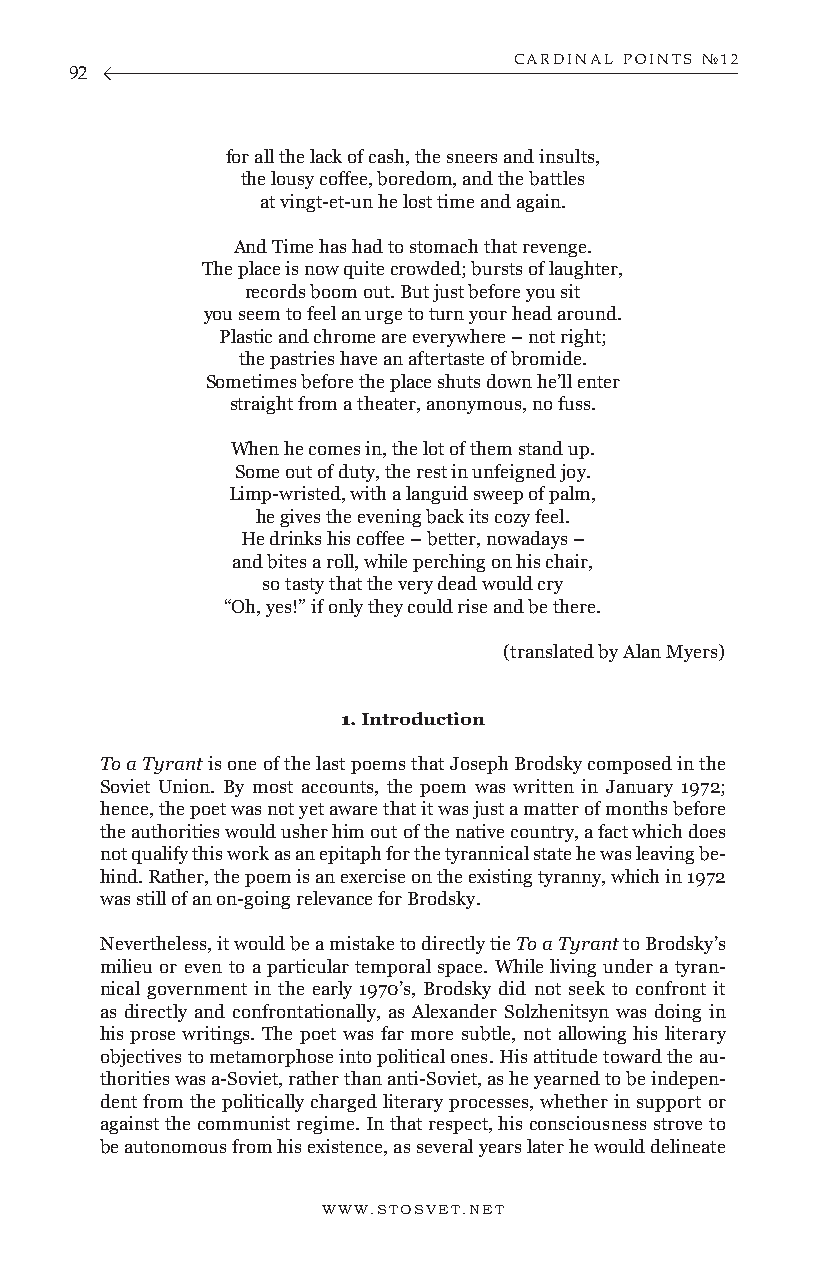
CARDINAL POINTS №12
 92
 for all the lack of cash, the sneers and insults,
 the lousy coffee, boredom, and the battles
 at vingt-et-un he lost time and again.
 And Time has had to stomach that revenge.
 The place is now quite crowded; bursts of laughter,
 records boom out. But just before you sit
 you seem to feel an urge to turn your head around.
 Plastic and chrome are everywhere – not right;
 the pastries have an aftertaste of bromide.
 Sometimes before the place shuts down he’ll enter
 straight from a theater, anonymous, no fuss.
 When he comes in, the lot of them stand up.
 Some out of duty, the rest in unfeigned joy.
 Limp-wristed, with a languid sweep of palm,
 he gives the evening back its cozy feel.
 He drinks his coffee – better, nowadays –
 and bites a roll, while perching on his chair,
 so tasty that the very dead would cry
 “Oh, yes!” if only they could rise and be there.
 (translated by Alan Myers)
 1. Introduction
 To a Tyrant is one of the last poems that Joseph Brodsky composed in the
 Soviet Union. By most accounts, the poem was written in January 1972;
 hence, the poet was not yet aware that it was just a matter of months before
 the authorities would usher him out of the native country, a fact which does
 not qualify this work as an epitaph for the tyrannical state he was leaving be-
 hind. Rather, the poem is an exercise on the existing tyranny, which in 1972
 was still of an on-going relevance for Brodsky.
 Nevertheless, it would be a mistake to directly tie To a Tyrant to Brodsky’s
 milieu or even to a particular temporal space. While living under a tyran-
 nical government in the early 1970’s, Brodsky did not seek to confront it
 as directly and confrontationally, as Alexander Solzhenitsyn was doing in
 his prose writings. The poet was far more subtle, not allowing his literary
 objectives to metamorphose into political ones. His attitude toward the au-
 thorities was a-Soviet, rather than anti-Soviet, as he yearned to be indepen-
 dent from the politically charged literary processes, whether in support or
 against the communist regime. In that respect, his consciousness strove to
 be autonomous from his existence, as several years later he would delineate
 WWW.STOSVET.NET                                        WWW.STOSVET.NET